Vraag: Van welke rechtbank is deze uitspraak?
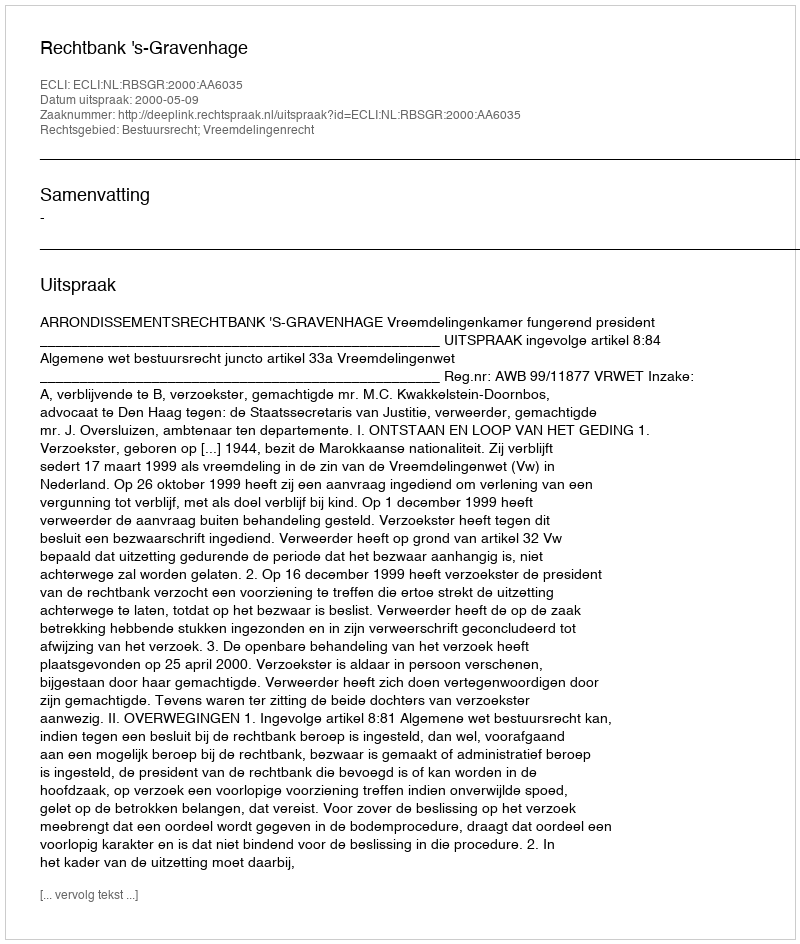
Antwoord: Rechtbank 's-Gravenhage